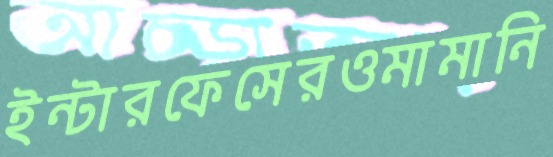
ইন্টারফেসেরওমামানি